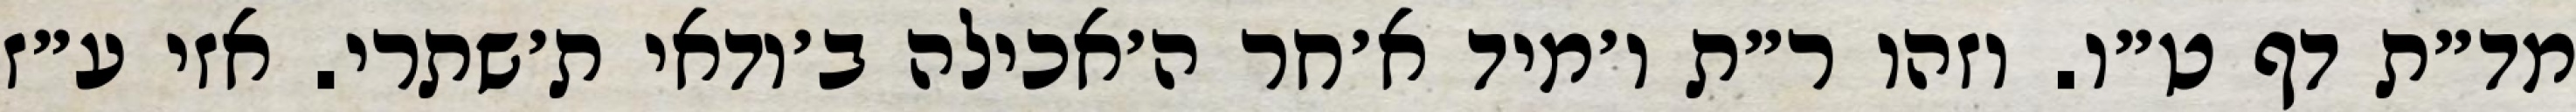
מד״ת דף ט״ו. וזהו ר״ת ו׳מיד א׳חר ה׳אכילה ב׳ודאי ת׳שתרי. אזי ע״ז